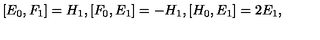
[ E _ { 0 } , F _ { 1 } ] = H _ { 1 } , [ F _ { 0 } , E _ { 1 } ] = - H _ { 1 } , [ H _ { 0 } , E _ { 1 } ] = 2 E _ { 1 } ,